Tezpur Lunatic Asylum reports 1895-1904 - 1895-1904
Year: 1895
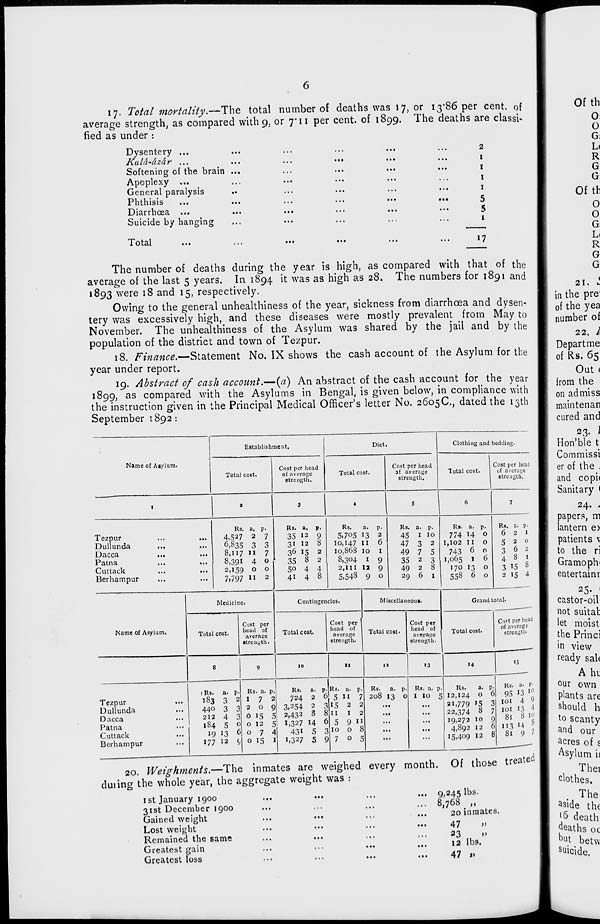
17. Total mortality.—The total number of deaths was 17, or 13*86 per cent, of
average strength, as compared with 9, or 7*11 per cent, of 1899. The deaths are classi-
fied as under :
Dysentery ...
Kala-azar ...
Softening of the brain
Apoplexy ...
General paralysis
Phthisis
Diarrhoea
Suicide by hanging
Total
•••
•••
...
2
1
1
1
1
5
5
1
17
The number of deaths during the year is high, as compared with that of the
average of the last 5 years. In 1894 it was as high as 28. The numbers for 1891 and
1893 were 18 and 15, respectively.
Owing to the general unhealthiness of the year, sickness from diarrhoea and dysen-
tery was excessively high, and these diseases were mostly prevalent from May to
November. The unhealthiness of the Asylum was shared by the jail and by the
population of the district and town of Tezpur.
18. Finance.—Statement No. IX shows the cash account of the Asylum for the
year under report.
19. Abstract of cash account.—(a) An abstract of the cash account for the year
1899, as compared with the Asylums in Bengal, is given below, in compliance with
the instruction given in the Principal Medical Officer's letter No. 2605C, dated the 13th
September 1892 :
Name of Asylum.
Establishment,
Total cost.
Cost per head
of average
strength.
Diet.
Total cost.
Cost per head
of average
strength.
Clothing and bedding.
Total cost.
Cost per head
of average
strength.
Tezpur
Dullunda
Dacca
Patna
Cuttack
Berhampur
Rs. a. p.
4,527 2 7
6,835 3
8,117 11
8,391 4
2,159 o
7,797 «
Rs. a.
35 12
3» 12
36 J5
35 8
50 4
41 4
p-
9
8
2
2
4
8
Rs.
a.
5.705 13
IO,I47 II
IO.868 IO
8,304 I
2,111 12
5,548 9
p-
2
G
I
9
9
o
Ks. a. P-
45 I 10
47 3 2
49 7 5
35 2 3
49 2 8
29 6 1
Rs. a.
774 14
1,102 II
743 6
1,065 1
170 13 o
55S 6 o
Rs. a. p.
6 2 1
520
362
4 8 1
3 ^5 8
2 15 4
Name of Asylum.
Medicine.
Contingencies.
Total cost.
Cost per
head of
averace
•trench.
Total cost.
Cost per
head of
average
strength.
Miscellaneous.
Total cost.
Cost per
head of
average
strength.
10
Tezpur
Dullunda
Dacca
Patna
Cuttack
Berhampur
1 Rs.
183
440
212
184
19 13
177 12
v
2
3
3
o
6
Rs. a. p.
172
2 O
o IS
O 12
o 7
o 15
Rs.
724
3,254
2,432
1,327 14
43i 5
1,327 5
a.
2
2
8 8
6
3
11
Rs. a.
5 11
15 2
11
5
10
7
1 2
9 U
o 8
o 5
Grand total.
Total cost.
Co«t per head
of average
strength-
11
Rs. a. p
208 13 o
13
14
15
Rs. a. p.
I 10 5
Rs.
a. P'
12,124 O 0
21,779 15 3
22,374 8 7
19.272 10 9
4.S92 12 0
15,409 12 b
Rs. a. P-
95 13 10
101 4 9
101 13 4
81 8io
113 J 4 °
81 9 ?
20. IVeighments.—The inmates are weighed every month. Of those treate
dining the whole year, the aggregate weight was :
1st January 1900
31st December 1900
Gained weight
Lost weight
Remained the same
Greatest gain
Greatest loss
...
. <•
...
9,245 lbs.
8,768 „
20 inmates.
47
23
»»
12 lbs.
47 i»